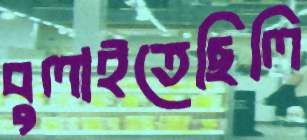
বুলাইতেছিলি